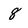
Character: 8